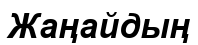
Жаңайдың